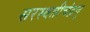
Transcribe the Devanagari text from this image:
सरस्वतीचंद्रनु